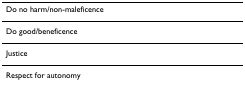
| Do no harm/non-maleficence |
 | --- |
 | Do good/beneficence |
 | Justice |
 | Respect for autonomy |